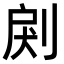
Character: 𠜺